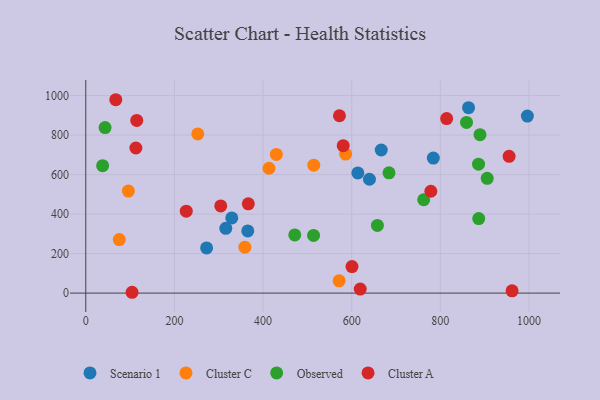
{"axis": {"x": "Experience", "y": "Sales"}, "legend": ["Cluster A", "Cluster C", "Observed", "Scenario 1"], "data": [{"x": "784.1", "y": 683.5, "type": "Scenario 1"}, {"x": "329.4", "y": 380.6, "type": "Scenario 1"}, {"x": "640.0", "y": 576.2, "type": "Scenario 1"}, {"x": "315.9", "y": 328.0, "type": "Scenario 1"}, {"x": "863.6", "y": 938.5, "type": "Scenario 1"}, {"x": "613.8", "y": 608.3, "type": "Scenario 1"}, {"x": "666.6", "y": 724.2, "type": "Scenario 1"}, {"x": "996.3", "y": 896.1, "type": "Scenario 1"}, {"x": "272.6", "y": 228.6, "type": "Scenario 1"}, {"x": "365.5", "y": 314.9, "type": "Scenario 1"}, {"x": "571.6", "y": 62.0, "type": "Cluster C"}, {"x": "586.3", "y": 703.4, "type": "Cluster C"}, {"x": "514.4", "y": 647.7, "type": "Cluster C"}, {"x": "75.5", "y": 271.1, "type": "Cluster C"}, {"x": "429.9", "y": 701.9, "type": "Cluster C"}, {"x": "96.1", "y": 516.6, "type": "Cluster C"}, {"x": "358.9", "y": 232.6, "type": "Cluster C"}, {"x": "252.7", "y": 805.8, "type": "Cluster C"}, {"x": "413.3", "y": 631.8, "type": "Cluster C"}, {"x": "43.5", "y": 837.7, "type": "Observed"}, {"x": "684.1", "y": 608.5, "type": "Observed"}, {"x": "886.5", "y": 377.1, "type": "Observed"}, {"x": "38.0", "y": 644.9, "type": "Observed"}, {"x": "657.9", "y": 342.3, "type": "Observed"}, {"x": "471.5", "y": 294.2, "type": "Observed"}, {"x": "889.4", "y": 801.8, "type": "Observed"}, {"x": "905.7", "y": 581.0, "type": "Observed"}, {"x": "762.4", "y": 472.5, "type": "Observed"}, {"x": "886.1", "y": 652.5, "type": "Observed"}, {"x": "513.9", "y": 292.1, "type": "Observed"}, {"x": "859.0", "y": 863.6, "type": "Observed"}, {"x": "104.4", "y": 4.2, "type": "Cluster A"}, {"x": "600.6", "y": 134.4, "type": "Cluster A"}, {"x": "67.7", "y": 978.7, "type": "Cluster A"}, {"x": "814.2", "y": 883.3, "type": "Cluster A"}, {"x": "778.5", "y": 515.6, "type": "Cluster A"}, {"x": "572.3", "y": 897.5, "type": "Cluster A"}, {"x": "304.5", "y": 441.1, "type": "Cluster A"}, {"x": "366.7", "y": 451.6, "type": "Cluster A"}, {"x": "115.0", "y": 874.1, "type": "Cluster A"}, {"x": "961.8", "y": 11.3, "type": "Cluster A"}, {"x": "226.7", "y": 414.6, "type": "Cluster A"}, {"x": "580.8", "y": 746.0, "type": "Cluster A"}, {"x": "619.2", "y": 20.4, "type": "Cluster A"}, {"x": "955.1", "y": 692.3, "type": "Cluster A"}, {"x": "113.0", "y": 734.3, "type": "Cluster A"}]}